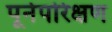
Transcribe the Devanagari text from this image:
पूर्नपरिक्षण